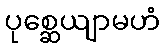
ပုစ္ဆေယျာမဟံ